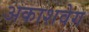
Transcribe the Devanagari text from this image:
अकाशवेग